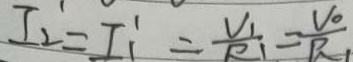
I _ { 2 } = I _ { 1 } ^ { \prime } = \frac { V _ { 1 } } { R _ { 1 } } = \frac { V _ { 0 } } { R _ { 1 } }